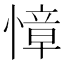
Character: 慞